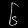
Digit: ၆